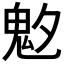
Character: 𩲁